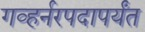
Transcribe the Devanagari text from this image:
गव्हर्नरपदापर्यंत